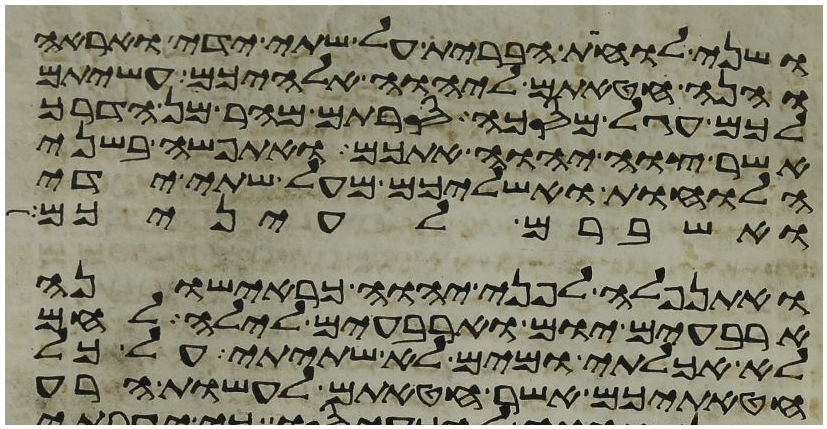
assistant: ושני לוחת הברית על שתי ידי ואראה
והנה חטאתם ליהוה אלהיכם עשיתם
לכם עגל מסכה סרתם מהר מן הדרך
אשר צוה יהוה אתכם ואתפשה בשני
הלוחות ואשליכם מעל שתי ידי
ואשברם לעיניכם
ואתנפלה לפני יהוה כראישונה
ארבעים יום וארבעים לילה לחם
לא אכלתי ומים לא שתיתי על כל
חטאתיכם אשר חטאתם לעשות הרע